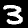
Digit: 3